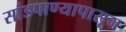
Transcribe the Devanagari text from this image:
सांडपाण्यापासून